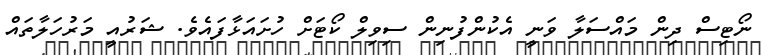
ނޯޓިސް ދިން މައްސަލާ ވަނީ އެކުންފުނިން ސިވިލް ކޯޓަށް ހުށައަޅާފައެވެ. ޝަރުއީ މަރުހަލާތައް